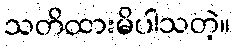
သတိထားမိပါသတဲ့။